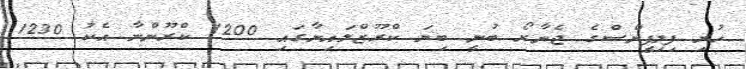
ހުރި ފިލިޕީންސްގެ ޖެނާރޯ ބުނީ ބިޔަ ކްރޫޒްލައިނާގައި 1200 ކްރޫންނާ އެކު 1230